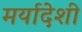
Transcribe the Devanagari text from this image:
मर्यादेशी